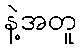
နဲ့အတူ